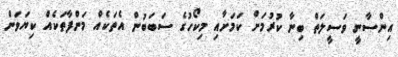
އިންސާނީ ވަސީލަތް ބިނާ ކުރުމަށް ކަމަށާއި މިކޯހުގެ ސަބަބުން އެތަކެއް މަންފާތަކެއް ކިޔަވަން